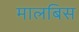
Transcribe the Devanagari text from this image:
मालबिस